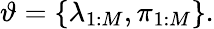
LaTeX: \vartheta=\left\{ \lambda_{1:M},\pi_{1:M}\right\} .